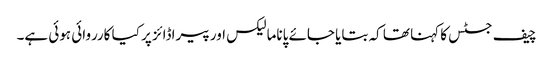
چیف جسٹس کا کہنا تھا کہ بتایا جائے پاناما لیکس اور پیراڈائز پر کیا کارروائی ہوئی ہے۔